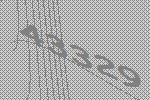
43329